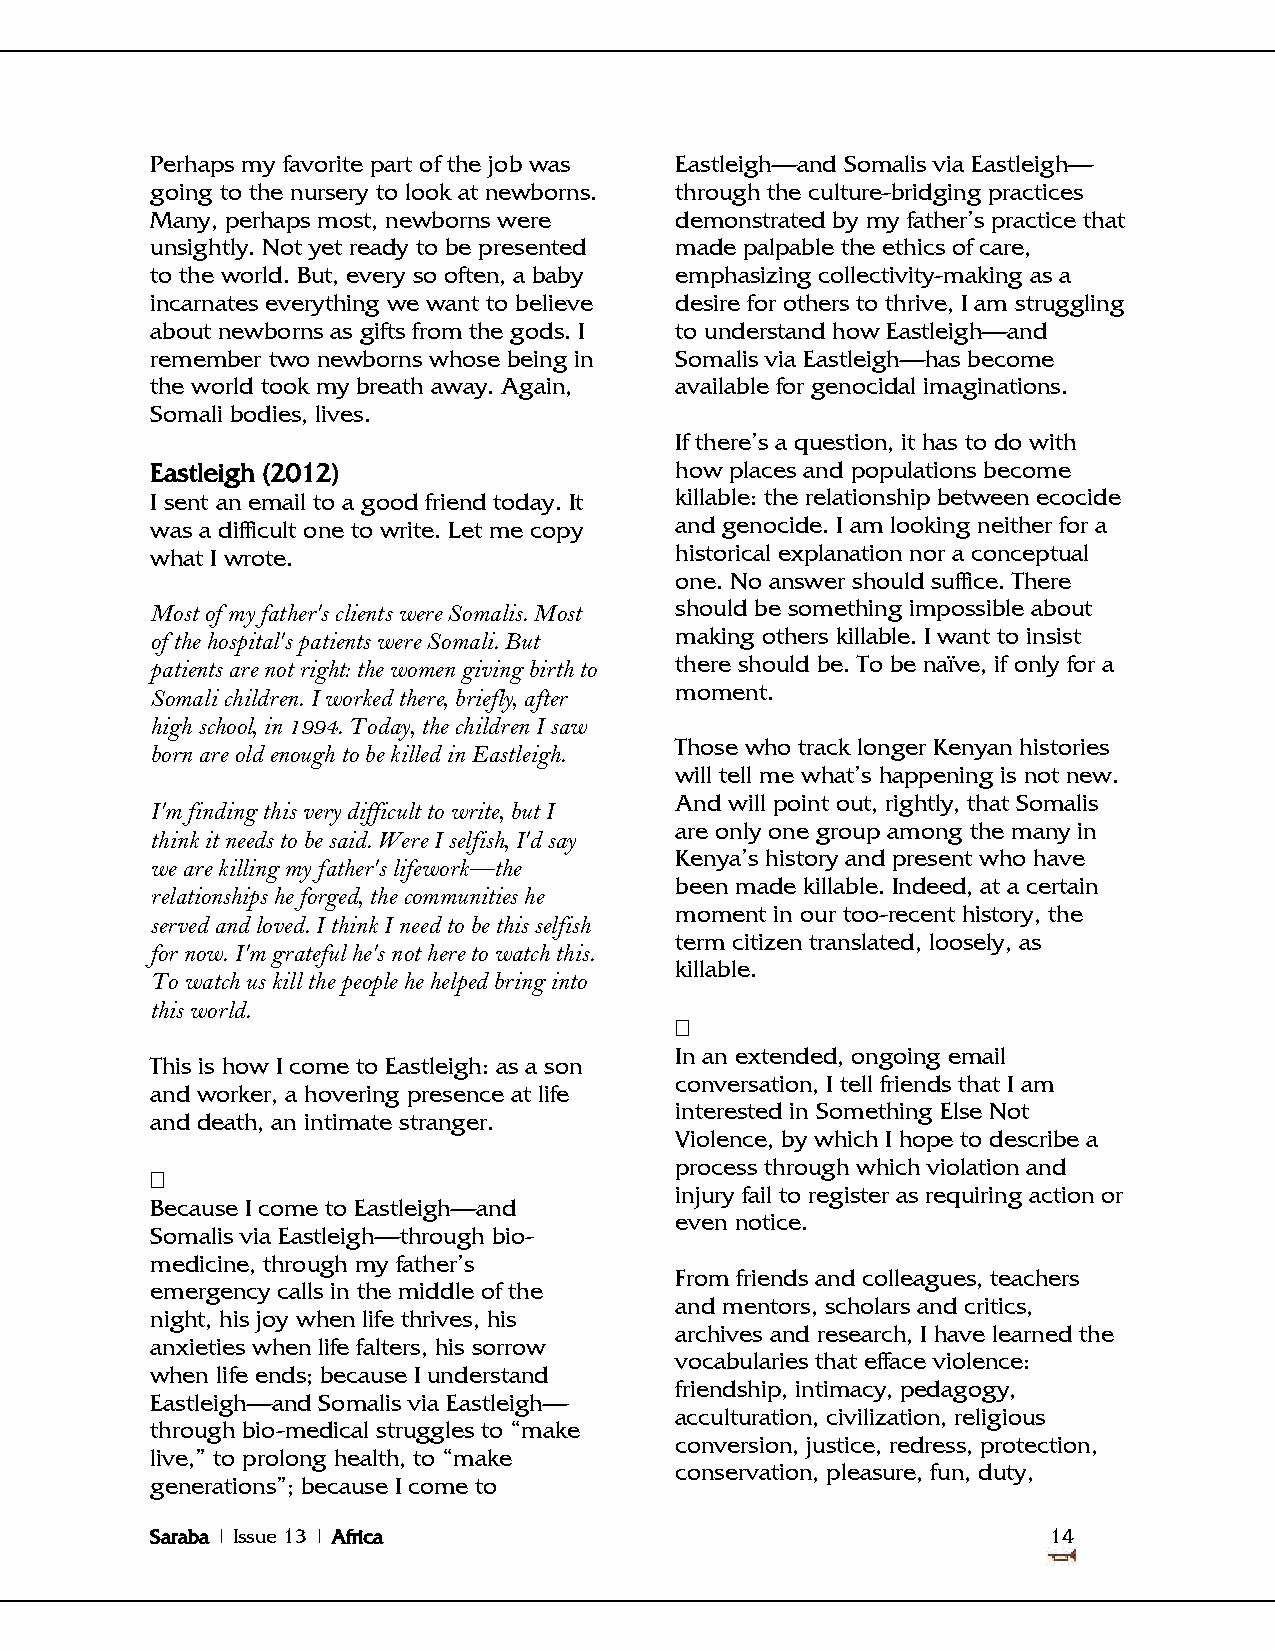
Perhaps my favorite part of the job was Eastleigh—and Somalis via Eastleigh—
 going to the nursery to look at newborns. through the culture-bridging practices
 Many, perhaps most, newborns were  demonstrated by my father‘s practice that
 unsightly. Not yet ready to be presented made palpable the ethics of care,
 to the world. But, every so often, a baby emphasizing collectivity-making as a
 incarnates everything we want to believe desire for others to thrive, I am struggling
 about newborns as gifts from the gods. I to understand how Eastleigh—and
 remember two newborns whose being in Somalis via Eastleigh—has become
 the world took my breath away. Again, available for genocidal imaginations.
 Somali bodies, lives.
 If there‘s a question, it has to do with
 Eastleigh (2012)                   how places and populations become
 I sent an email to a good friend today. It killable: the relationship between ecocide
 was a difficult one to write. Let me copy and genocide. I am looking neither for a
 what I wrote.                      historical explanation nor a conceptual
 one. No answer should suffice. There
 Most of my father's clients were Somalis. Most should be something impossible about
 of the hospital's patients were Somali. But making others killable. I want to insist
 patients are not right: the women giving birth to there should be. To be naïve, if only for a
 moment.
 Somali children. I worked there, briefly, after
 high school, in 1994. Today, the children I saw
 Those who track longer Kenyan histories
 born are old enough to be killed in Eastleigh.
 will tell me what‘s happening is not new.
 And will point out, rightly, that Somalis
 I'm finding this very difficult to write, but I
 are only one group among the many in
 think it needs to be said. Were I selfish, I'd say
 Kenya‘s history and present who have
 we are killing my father's lifework—the
 been made killable. Indeed, at a certain
 relationships he forged, the communities he
 moment in our too-recent history, the
 served and loved. I think I need to be this selfish
 term citizen translated, loosely, as
 for now. I'm grateful he's not here to watch this.
 killable.
 To watch us kill the people he helped bring into
 this world.
 
 In an extended, ongoing email
 This is how I come to Eastleigh: as a son
 conversation, I tell friends that I am
 and worker, a hovering presence at life
 interested in Something Else Not
 and death, an intimate stranger.
 Violence, by which I hope to describe a
 process through which violation and
 
 injury fail to register as requiring action or
 Because I come to Eastleigh—and
 even notice.
 Somalis via Eastleigh—through bio-
 medicine, through my father‘s
 From friends and colleagues, teachers
 emergency calls in the middle of the
 and mentors, scholars and critics,
 night, his joy when life thrives, his
 archives and research, I have learned the
 anxieties when life falters, his sorrow
 vocabularies that efface violence:
 when life ends; because I understand
 friendship, intimacy, pedagogy,
 Eastleigh—and Somalis via Eastleigh—
 acculturation, civilization, religious
 through bio-medical struggles to ―make
 conversion, justice, redress, protection,
 live,‖ to prolong health, to ―make
 conservation, pleasure, fun, duty,
 generations‖; because I come to
 Saraba | Issue 13 | Africa                                  14